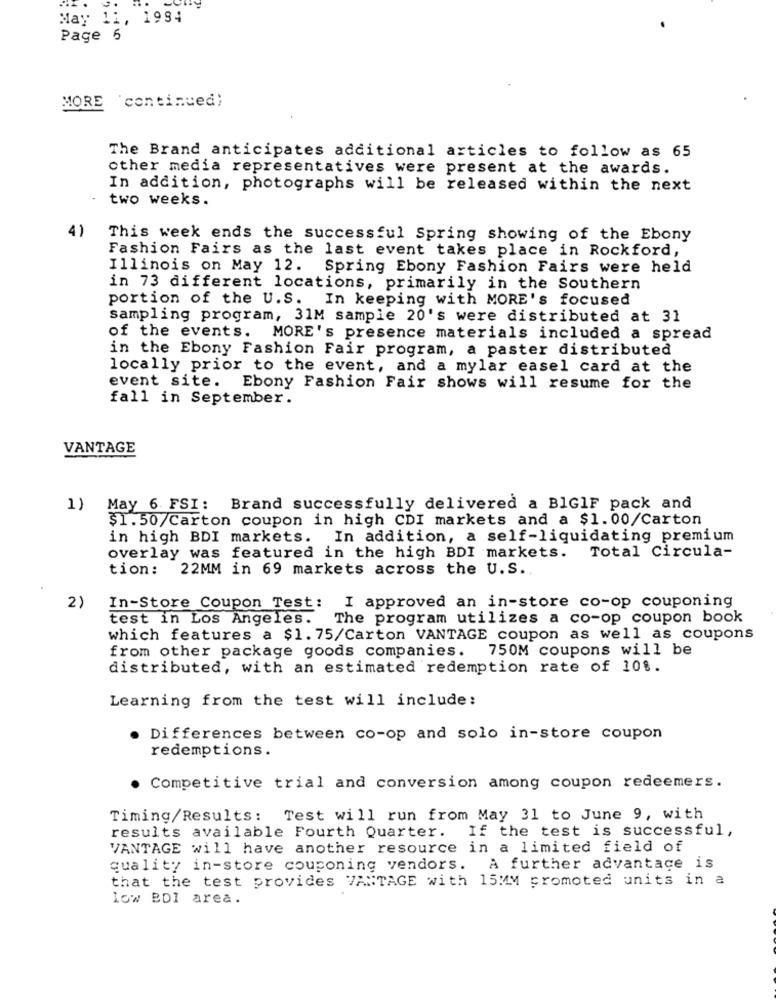
May 11, 1984
Page 6
MORE 'continued;
The Brand anticipates additional articles to follow as 65
other media representatives were present at the awards.
In addition, photographs will be released within the next
two weeks.
4)
This week ends the successful Spring showing of the Ebony
Fashion Fairs as the last event takes place in Rockford,
Illinois on May 12. Spring Ebony Fashion Fairs were held
in 73 different locations, primarily in the Southern
portion of the U.S.
In keeping with MORE's focused
sampling program, 31M sample 20's were distributed at 31
of the events. MORE's presence materials included a spread
in the Ebony Fashion Fair program, a paster distributed
locally prior to the event, and a mylar easel card at the
event site. Ebony Fashion Fair shows will resume for the
fall in September.
VANTAGE
1)
May 6 FSI: Brand successfully delivered a BIGIF pack and
$1.50/Carton coupon in high CDI markets and a $1.00/Carton
in high BDI markets. In addition, a self-liquidating premium
overlay was featured in the high BDI markets.
Total Circula-
tion: 22MM in 69 markets across the U.S.
In-Store Coupon Test: I approved an in-store co-op couponing
2)
test in Los Angeles. The program utilizes a co-op coupon book
which features a $1.75/Carton VANTAGE coupon as well as coupons
from other package goods companies.
750M coupons will be
distributed, with an estimated redemption rate of 101.
Learning from the test will include:
Differences between co-op and solo in-store coupon
redemptions.
Competitive trial and conversion among coupon redeemers.
Timing/Results: Test will run from May 31 to June 9, with
If the test is successful,
results available Fourth Quarter.
VANTAGE will have another resource in a limited field of
quality in-store couponing vendors. A further advantace is
that the test provides VANTAGE with 15MM promoted units in a
low BDI area.